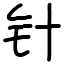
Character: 针